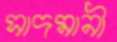
সাদমানী